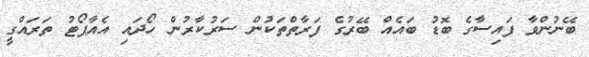
ބޭނުންވާ ފައިސާގެ ބޮޑު ބައެއް ބޭރުގެ ފަރާތްތަކުން ސަރުކާރުން ހޯދައި އެއާޕޯޓު ތަރައްގީ